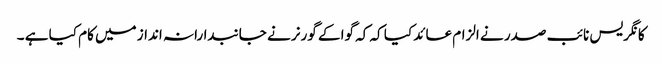
کانگریس نائب صدر نے الزام عائد کیا کہ کہ گوا کے گورنر نے جانبدارانہ انداز میں کام کیا ہے ۔